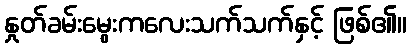
နှုတ်ခမ်းမွေးကလေးသက်သက်နှင့် ဖြစ်၏။